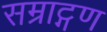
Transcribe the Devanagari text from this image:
सम्राट्गण